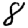
Digit: 8